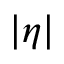
| \eta |